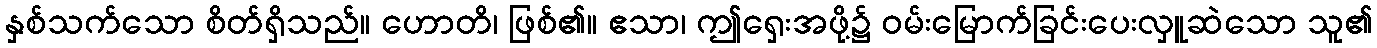
နှစ်သက်သော စိတ်ရှိသည်။ ဟောတိ၊ ဖြစ်၏။ ဧသာ၊ ဤရှေးအဖို့၌ ဝမ်းမြောက်ခြင်းပေးလှူဆဲသော သူ၏